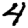
Digit: 4